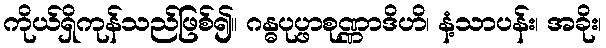
ကိုယ်ရှိကုန်သည်ဖြစ်၍။ ဂန္ဓပုပ္ဖာစုဏ္ဏာဒိဟိ၊ နံ့သာပန်း၊ အခိုး၊